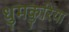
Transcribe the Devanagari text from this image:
धुमकुरिया